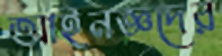
আইনজ্ঞদের